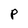
Character: P